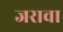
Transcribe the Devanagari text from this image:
जरावा